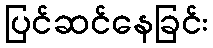
ပြင်ဆင်နေခြင်း